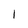
Character: 1